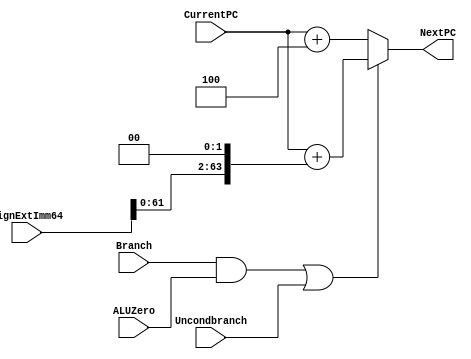
`timescale 1ns / 1ps

module NextPClogic(NextPC, CurrentPC, SignExtImm64,
		   Branch, ALUZero, Uncondbranch);
   input [63:0] CurrentPC, SignExtImm64;
   input 	Branch, ALUZero, Uncondbranch;
   output reg [63:0] NextPC;

   //assign wire that controls multiplexer
   wire muxSel;
   assign muxSel = (Branch & ALUZero) | Uncondbranch;

   always @(*)
     if (muxSel) //multiplexer logic
       NextPC <= #3 CurrentPC + (SignExtImm64 << 2);
     else
       NextPC <= #2 CurrentPC + 64'h4;
   
endmodule // NextPClogic